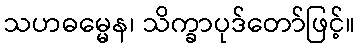
သဟဓမ္မေန၊ သိက္ခာပုဒ်တော်ဖြင့်။